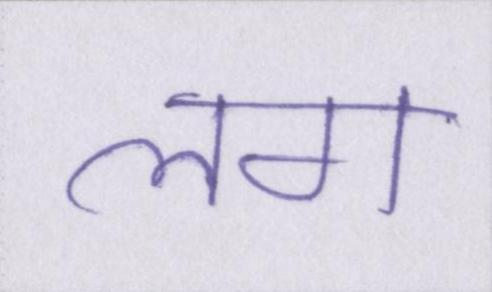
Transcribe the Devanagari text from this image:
लग